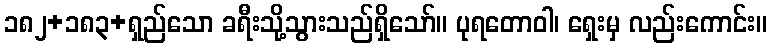
၁၈၂+၁၈၃+ရှည်သော ခရီးသို့သွားသည်ရှိသော်။ ပုရတောဝါ၊ ရှေးမှ လည်းကောင်း။